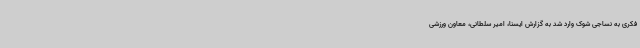
فکری به نساجی شوک وارد شد به گزارش ایسنا، امیر سلطانی، معاون ورزشی